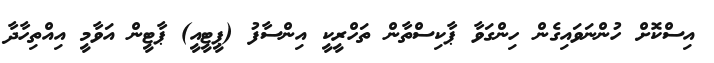
އިސްކޮޮށް ހުންނަވައިގެން ހިންގަވާ ޕާކިސްތާން ތަހްރީކީ އިންސާފު (ޕީޓީއީ) ޕާޓީން އަވާމީ އިއްތިހާދާ